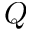
Q